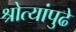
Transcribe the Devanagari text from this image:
श्रोत्यांपुढे